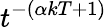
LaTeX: t^{-(\alpha kT+1)}